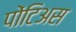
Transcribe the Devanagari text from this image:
पोंटिअस